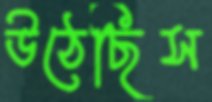
উঠেছিস